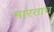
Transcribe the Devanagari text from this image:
मारताच